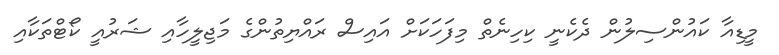
މީޑިއާ ކައުންސިލުން ދެކެނީ ކިހިނެތް މިފަހަކަށް އައިސް ރައްޔިތުންގެ މަޖިލީހާއި ޝަރުއީ ކޯޓްތަކާއި